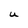
Character: U